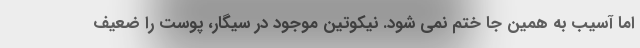
اما آسیب به همین جا ختم نمی شود. نیکوتین موجود در سیگار، پوست را ضعیف